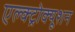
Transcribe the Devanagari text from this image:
एल्क्ट्रोक्यूशन